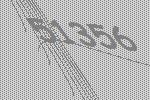
51356